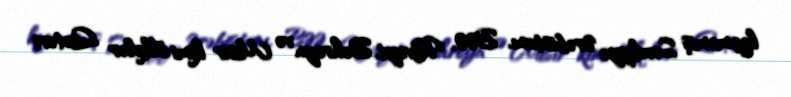
keçməmiş Səudiyyə Ərəbistanı, BƏƏ, Küveyt, Bəhreyn və Misir kimi ölkələr Qətəri